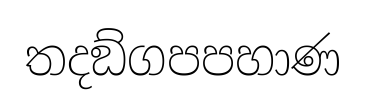
තදඞ්ගපපහාණ